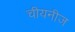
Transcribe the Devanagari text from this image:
चीयनीज